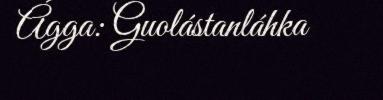
Ágga: Guolástanláhka